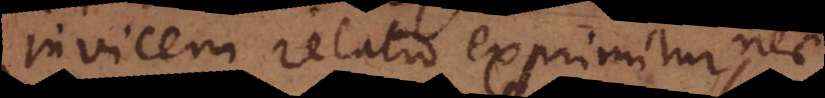
invicem relatio exprimitur, nec